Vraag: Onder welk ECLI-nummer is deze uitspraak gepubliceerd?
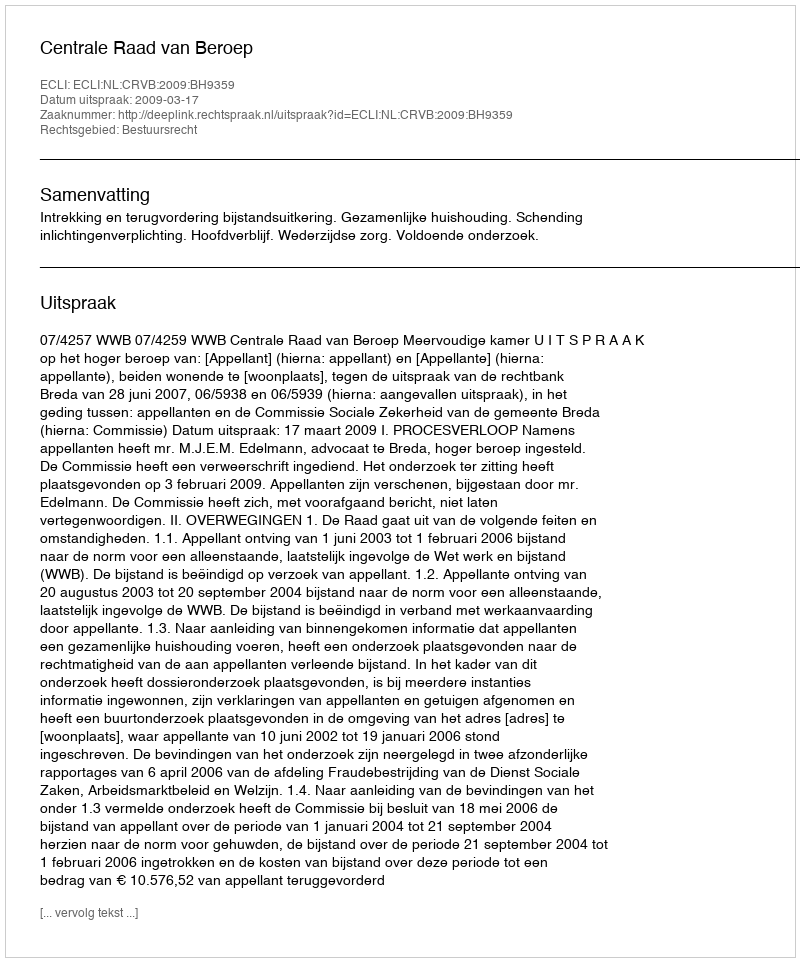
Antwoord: ECLI:NL:CRVB:2009:BH9359